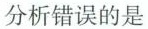
分析错误的是